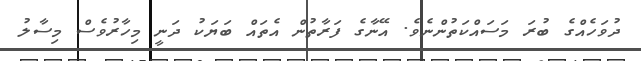
ދުވަހެއްގެ ބުރަ މަސައްކަތުންނެވެ. އޭނާގެ ފަރާތުން އެތައް ބަޔަކު ދަނީ މިހާރުވެސް މިސާލު